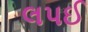
લપઈ